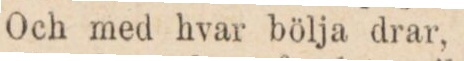
Och med hvar bölja drar,